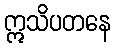
ဣသိပတနေ